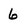
Character: 6